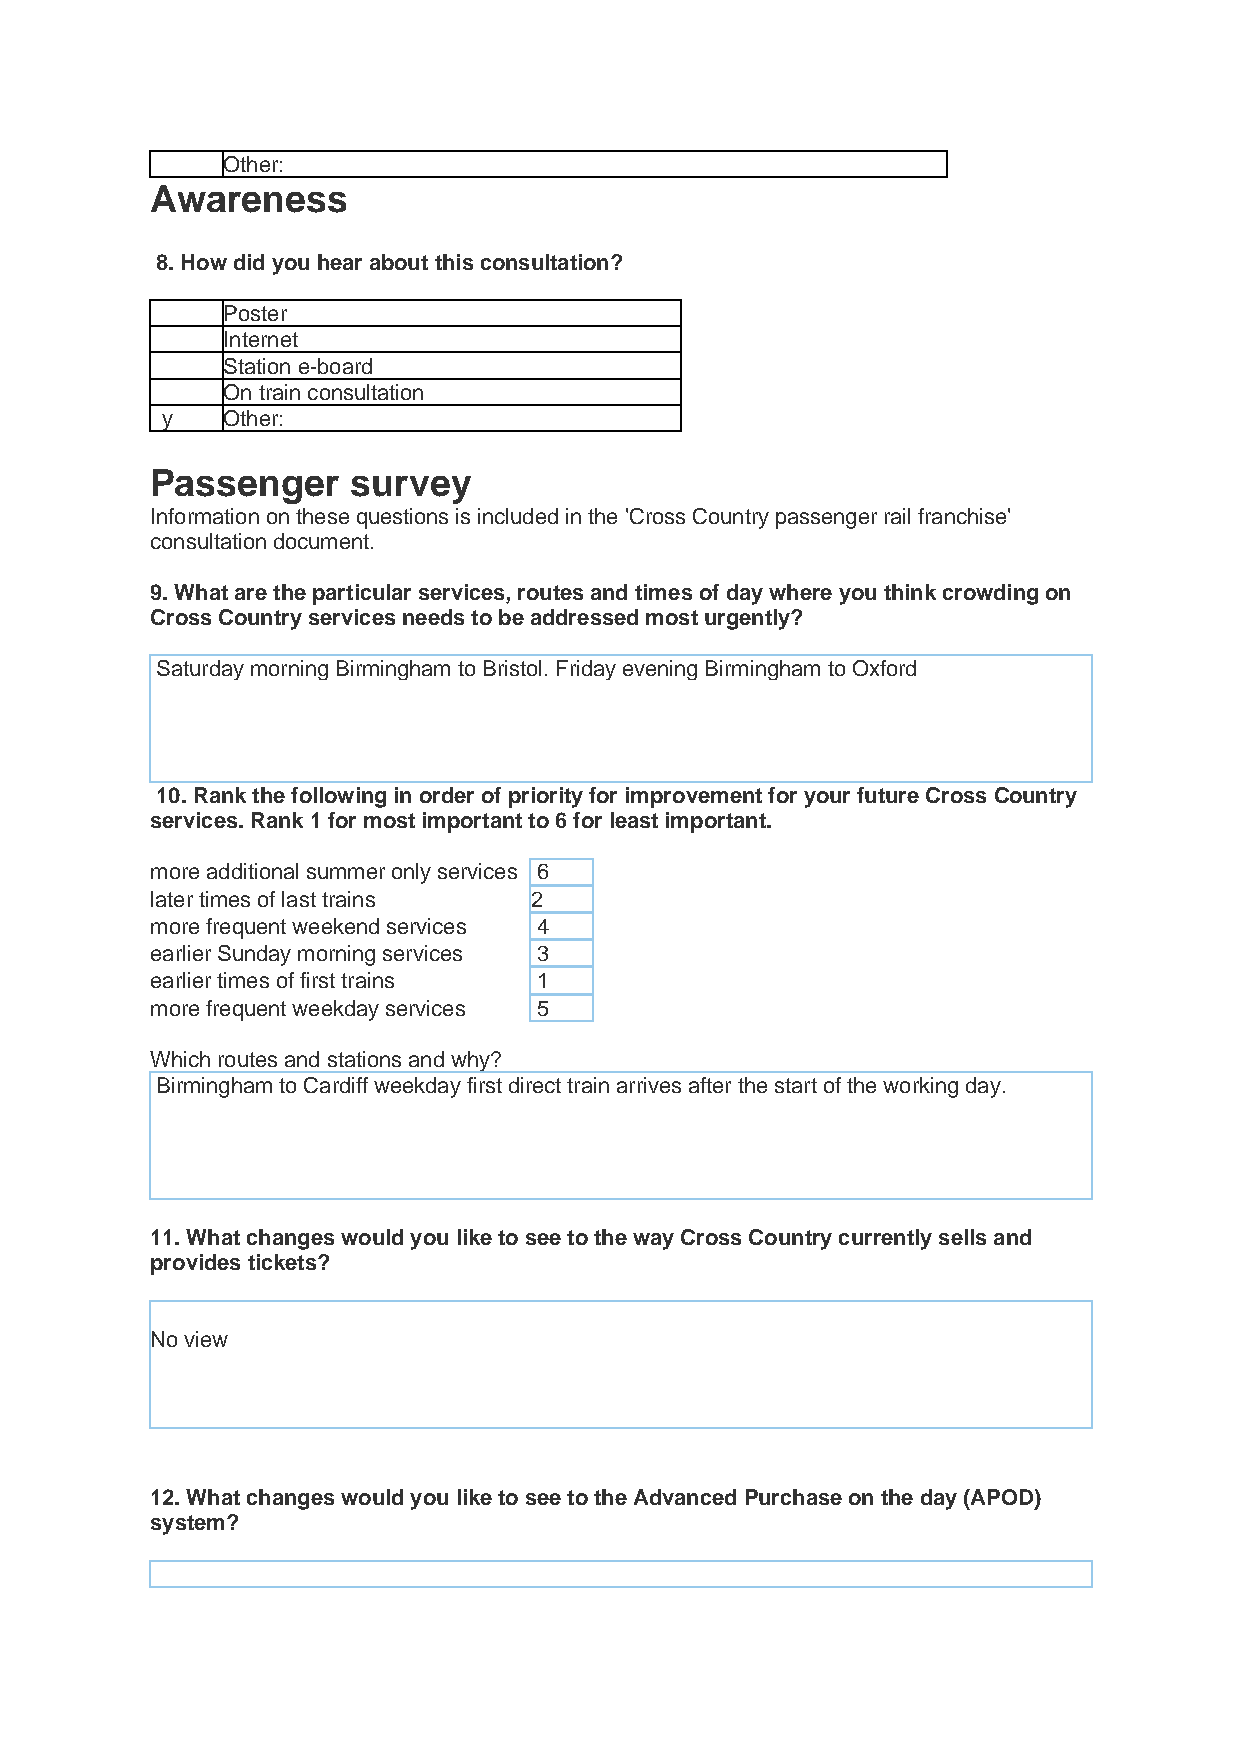
Other:
 Awareness
 8. How did you hear about this consultation?
 Poster
 Internet
 Station e-board
 On train consultation
 y   Other:
 Passenger    survey
 Information on these questions is included in the 'Cross Country passenger rail franchise'
 consultation document.
 9. What are the particular services, routes and times of day where you think crowding on
 Cross Country services needs to be addressed most urgently?
 Saturday morning Birmingham to Bristol. Friday evening Birmingham to Oxford
 10. Rank the following in order of priority for improvement for your future Cross Country
 services. Rank 1 for most important to 6 for least important.
 more additional summer only services 6
 later times of last trains 2
 more frequent weekend services 4
 earlier Sunday morning services 3
 earlier times of first trains 1
 more frequent weekday services 5
 Which routes and stations and why?
 Birmingham to Cardiff weekday first direct train arrives after the start of the working day.
 11. What changes would you like to see to the way Cross Country currently sells and
 provides tickets?
 No view
 12. What changes would you like to see to the Advanced Purchase on the day (APOD)
 system?